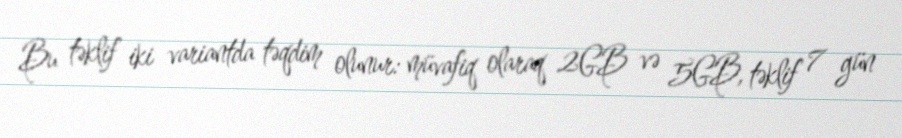
Bu təklif iki variantda təqdim olunur: müvafiq olaraq 2GB və 5GB, təklif 7 gün